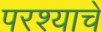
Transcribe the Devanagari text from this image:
परश्याचे